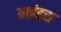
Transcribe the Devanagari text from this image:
ग्राइंड्स